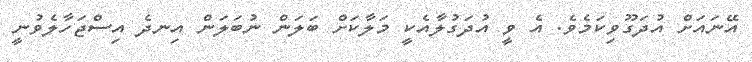
އޭނައަށް އުދަގޫވިކަމެވެ. އެ ވީ އުދަގުލާއެކީ މަލާކަށް ބަލަން ނުބަލަން އިނދެ އިސްޖަހާލެވުނީ